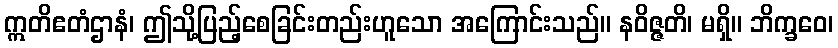
ဣတိဧတံဌာနံ၊ ဤသို့ပြည့်စေခြင်းတည်းဟူသော အကြောင်းသည်။ နဝိဇ္ဇတိ၊ မရှိ။ ဘိက္ခဝေ၊